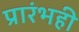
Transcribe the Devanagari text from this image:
प्रारंभही